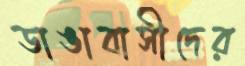
ডাঙাবাসীদের